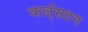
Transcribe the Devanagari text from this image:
चार्ल्‌सटन